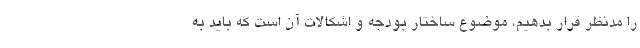
را مدنظر قرار بدهیم، موضوع ساختار بودجه و اشکالات آن است که باید به